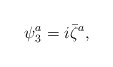
\begin{align*}\psi_3^a = i \bar{\zeta}^a,\end{align*}